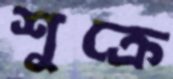
শুক্রে